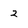
Character: 2